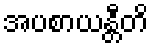
အပစာယန္တီတိ